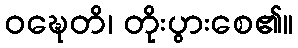
ဝဍ္ဎေတိ၊ တိုးပွားစေ၏။